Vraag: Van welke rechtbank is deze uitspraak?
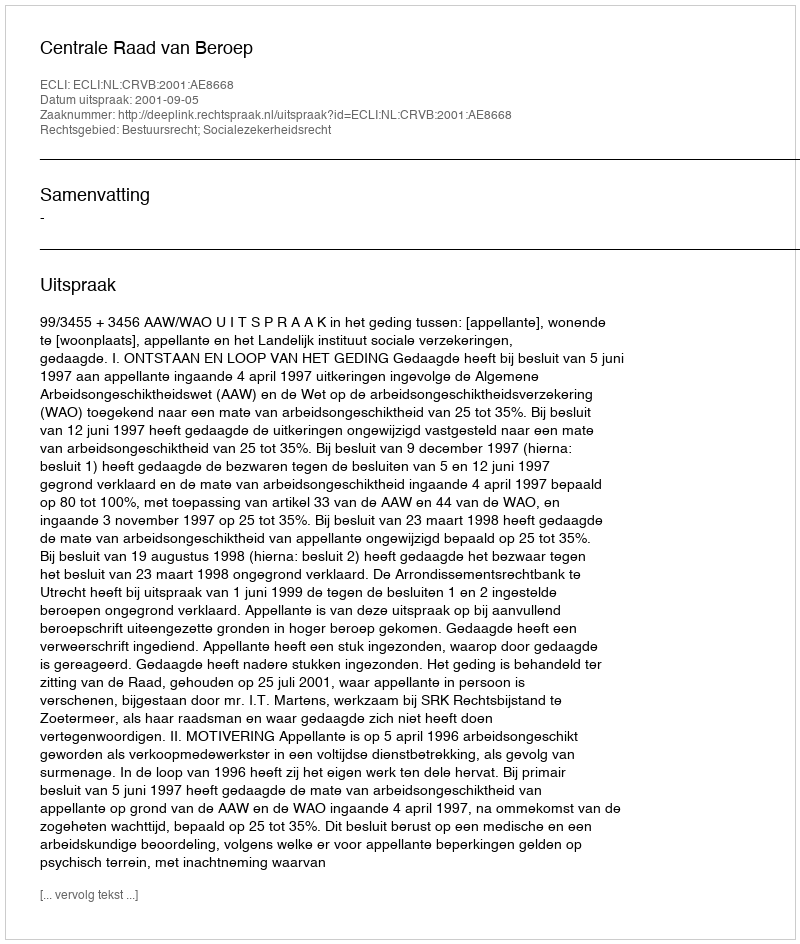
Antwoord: Centrale Raad van Beroep